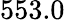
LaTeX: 553.0